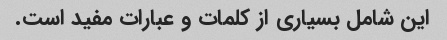
این شامل بسیاری از کلمات و عبارات مفید است.